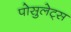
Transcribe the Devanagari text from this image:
पोसुलेट्स